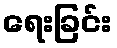
ရေးခြင်း